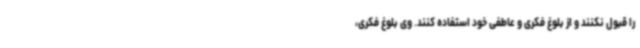
را قبول نکنند و از بلوغ فکری و عاطفی خود استفاده کنند. وی بلوغ فکری،